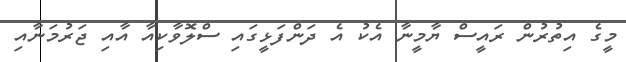
މީގެ އިތުރުން ރައީސް ޔާމީނާ އެކު އެ ދަންފަޅީގައި ސްލޮވާކިއާ އާއި ޖަރުމަނާއި